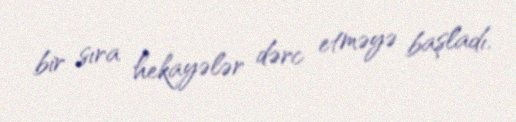
bir sıra hekayələr dərc etməyə başladı.